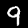
Digit: 9